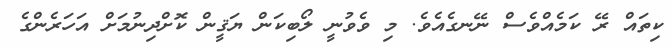
ކިތައް ރޭ ކަމެއްވެސް ނޭނގެއެވެ. މި ވެވުނީ ލޯބިކަން ޔަޤީން ކޮށްދިނުމަށް އަހަރެންގެ